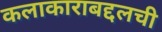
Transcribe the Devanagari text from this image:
कलाकाराबद्दलची